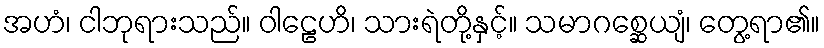
အဟံ၊ ငါဘုရားသည်။ ဝါဠေဟိ၊ သားရဲတို့နှင့်။ သမာဂစ္ဆေယျံ၊ တွေ့ရာ၏။